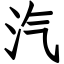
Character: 汽